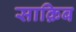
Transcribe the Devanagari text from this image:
साक़िब